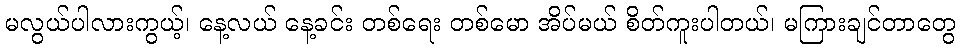
မလွယ်ပါလားကွယ့်၊ နေ့လယ် နေ့ခင်း တစ်ရေး တစ်မော အိပ်မယ် စိတ်ကူးပါတယ်၊ မကြားချင်တာတွေ